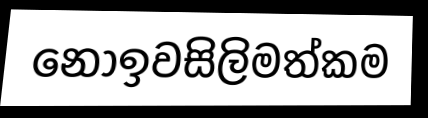
නොඉවසිලිමත්කම